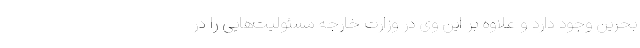
بحرین وجود دارد و علاوه بر این وی در وزارت خارجه مسئولیت‌هایی را در